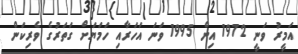
އަމީރު ވަނީ 1972 އިން 1995 ވަނަ އަހަރާއި ހަމަޔަށް ގަތަރުގެ ވެރިކަން